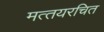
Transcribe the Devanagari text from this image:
मत्‍तयरचित